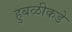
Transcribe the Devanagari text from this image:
हुबळीकडे